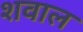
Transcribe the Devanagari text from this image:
शवाल